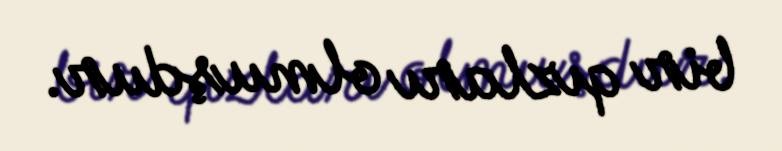
bir qızları olmuşdur.